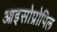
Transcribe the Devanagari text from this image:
आइसोप्रोपिल